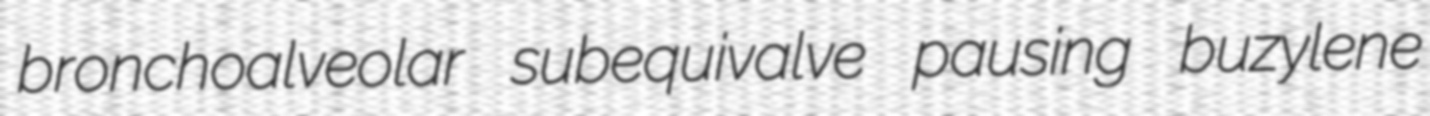
bronchoalveolar subequivalve pausing buzylene